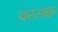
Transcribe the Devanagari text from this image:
वरसक